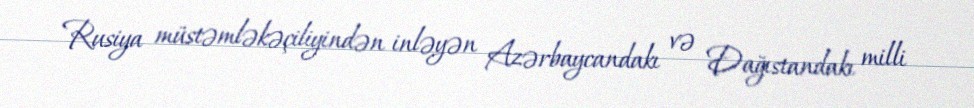
Rusiya müstəmləkəçiliyindən inləyən Azərbaycandakı və Dağıstandakı milli